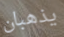
يذهبان